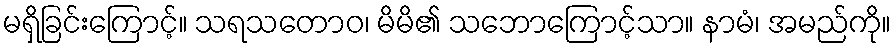
မရှိခြင်းကြောင့်။ သရသတောဝ၊ မိမိ၏ သဘောကြောင့်သာ။ နာမံ၊ အမည်ကို။